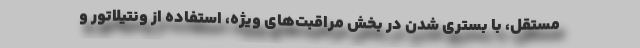
مستقل، با بستری شدن در بخش مراقبت‌های ویژه، استفاده از ونتیلاتور و